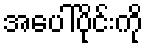
အပေါ်ပိုင်းကို